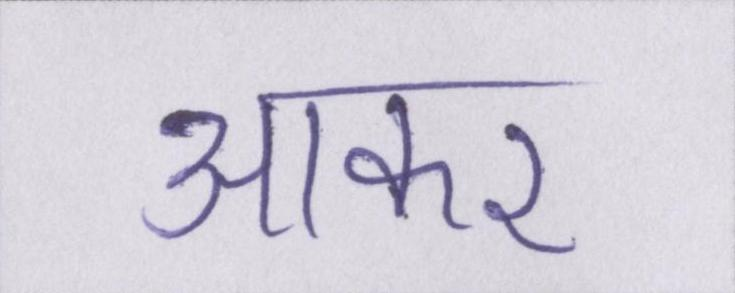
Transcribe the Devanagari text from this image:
आकर